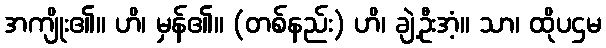
အကျိုး၏။ ဟိ၊ မှန်၏။ (တစ်နည်း) ဟိ၊ ချဲ့ဦးအံ့။ သာ၊ ထိုပဌမ